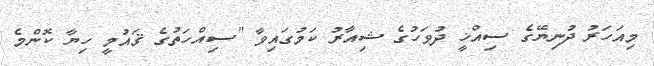
މިއަހަރު ދުނިޔޭގެ ސިއްޚީ ދުވަހުގެ ޝިއާރު ކަމުގައިވާ "ސިއްހަތުގެ ޤައުމީ ހިޔާ ކޮންމެ